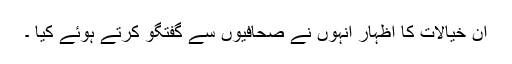
ان خیالات کا اظہار انہوں نے صحافیوں سے گفتگو کرتے ہوئے کیا ۔